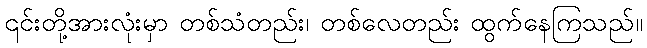
၎င်းတို့အားလုံးမှာ တစ်သံတည်း၊ တစ်လေတည်း ထွက်နေကြသည်။